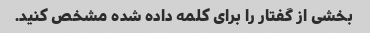
بخشی از گفتار را برای کلمه داده شده مشخص کنید.